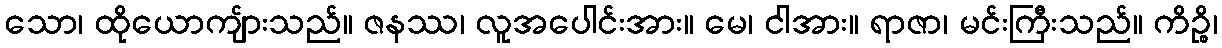
သော၊ ထိုယောကျ်ားသည်။ ဇနဿ၊ လူအပေါင်းအား။ မေ၊ ငါအား။ ရာဇာ၊ မင်းကြီးသည်။ ကိဉ္စိ၊